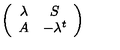
\left( \begin{array} { c c } { \lambda } & { S } \\ { A } & { - \lambda ^ { t } } \\ \end{array} \right)